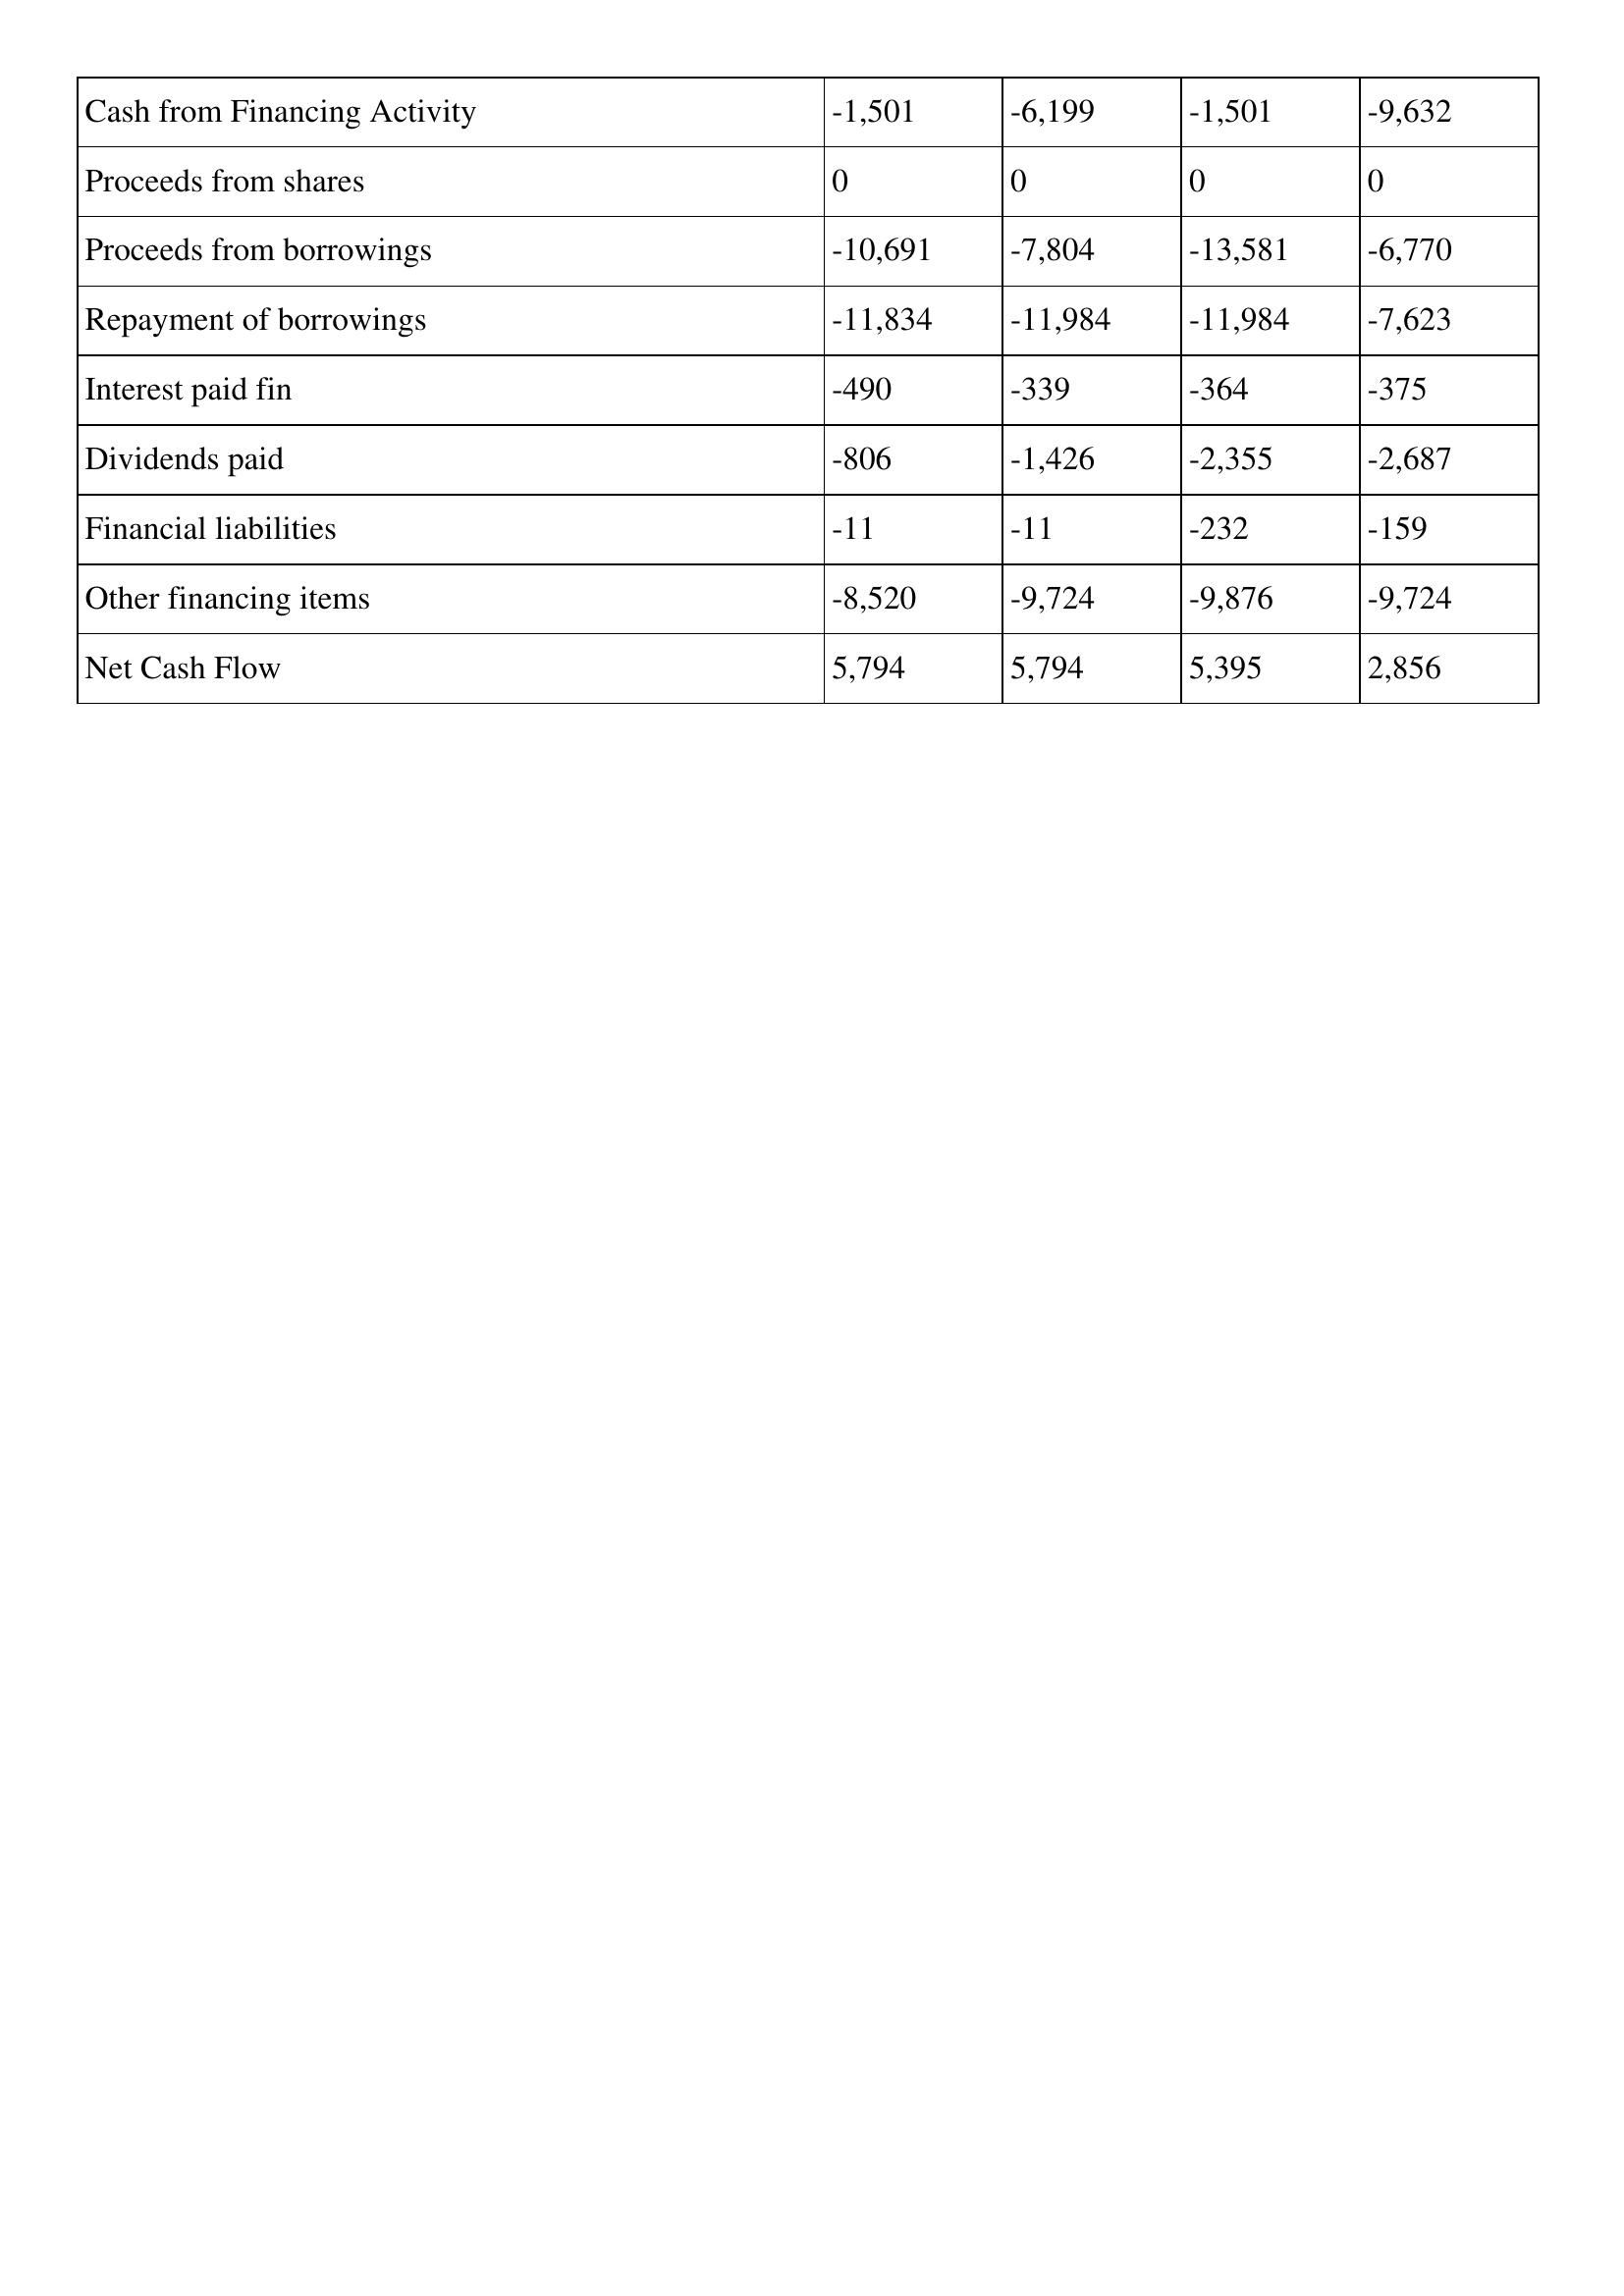
gt_parse: 2006: Cash Flows: Cash from Financing Activity: -1,501
Proceeds from shares: 0
Proceeds from borrowings: -10,691
Repayment of borrowings: -11,834
Interest paid fin: -490
Dividends paid: -806
Financial liabilities: -11
Other financing items: -8,520
Net Cash Flow: 5,794
2005: Cash Flows: Cash from Financing Activity: -6,199
Proceeds from shares: 0
Proceeds from borrowings: -7,804
Repayment of borrowings: -11,984
Interest paid fin: -339
Dividends paid: -1,426
Financial liabilities: -11
Other financing items: -9,724
Net Cash Flow: 5,794
2004: Cash Flows: Cash from Financing Activity: -1,501
Proceeds from shares: 0
Proceeds from borrowings: -13,581
Repayment of borrowings: -11,984
Interest paid fin: -364
Dividends paid: -2,355
Financial liabilities: -232
Other financing items: -9,876
Net Cash Flow: 5,395
2003: Cash Flows: Cash from Financing Activity: -9,632
Proceeds from shares: 0
Proceeds from borrowings: -6,770
Repayment of borrowings: -7,623
Interest paid fin: -375
Dividends paid: -2,687
Financial liabilities: -159
Other financing items: -9,724
Net Cash Flow: 2,856